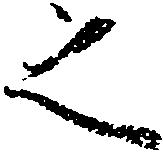
之